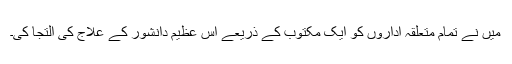
میں نے تمام متعلقہ اداروں کو ایک مکتوب کے ذریعے اس عظیم دانشور کے علاج کی التجا کی۔